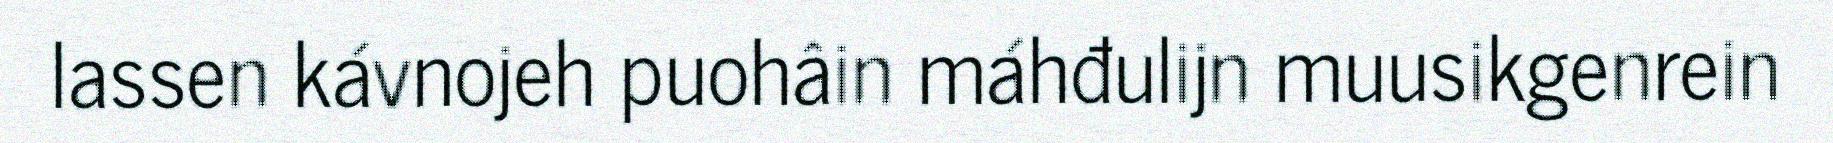
lassen kávnojeh puohâin máhđulijn muusikgenrein